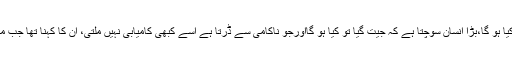
ان کا کہناتھا کہ کامیاب انسان یہ نہیں سوچتا کہ میں ہار گیا تو کیا ہو گا،بڑا انسان سوچتا ہے کہ جیت گیا تو کیا ہو گااورجو ناکامی سے ڈرتا ہے اسے کبھی کامیابی نہیں ملتی، ان کا کہنا تھا جب مجھے کرکٹ سے نکالا گیا تو یہ نہیں پوچھا مجھے کیوں نکالا؟